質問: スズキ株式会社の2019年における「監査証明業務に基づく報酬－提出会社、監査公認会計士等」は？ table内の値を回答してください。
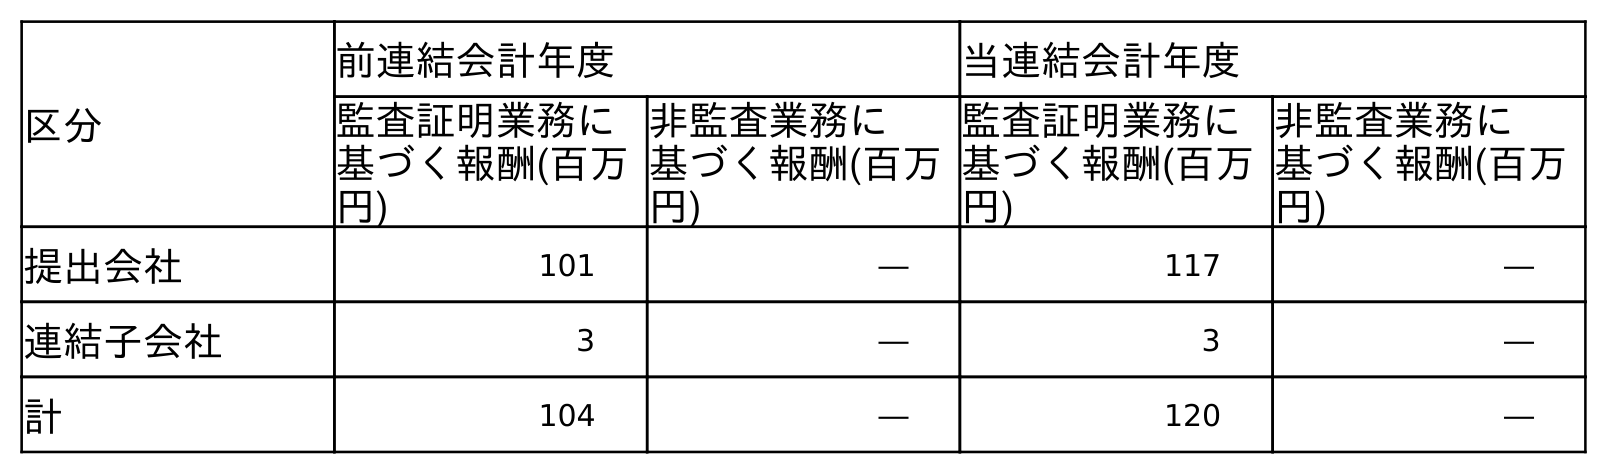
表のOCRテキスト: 区分 前連結会計年度 当連結会計年度 監査証明業務に 基づく報酬(百万 円) 非監査業務に 基づく報酬(百万 円) 監査証明業務に 基づく報酬(百万 円) 非監査業務に 基づく報酬(百万 円) 提出会社 101 ― 117 ― 連結子会社 3 ― 3 ― 計 104 ― 120 ―
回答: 101